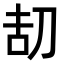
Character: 𠛽